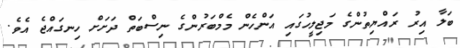
ބަލާ އިރު ރައްޔިތުންގެ މަޖިލީހުގައި އަންހެން މެމްބަރުންގެ ނިސްބަތް ދަށަށް ހިނގައްޖެ އެވެ.